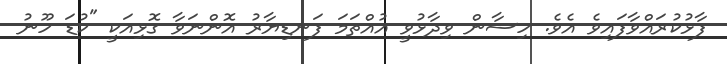
ފާޅުކުރައްވާފައިވެ އެވެ. ހިސާން ވިދާޅުވީ އުއްތަމަ ފަނޑިޔާރު އޮންނަވާ ގޮޅިއަކީ "ކުޑަ ހޫނު